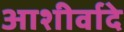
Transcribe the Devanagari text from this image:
आशीर्वादे